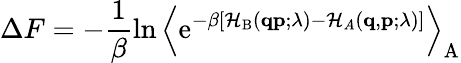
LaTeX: \Delta F=-\frac{1}{\beta}\ln\left\langle\mathrm{e}^{-\beta\left[\mathcal{H}_{\mathrm{B}}(\mathbf{q}\mathbf{p};\lambda)-\mathcal{H}_{A}(\mathbf{q},\mathbf{p};\lambda)\right]}\right\rangle_{\mathrm{A}}